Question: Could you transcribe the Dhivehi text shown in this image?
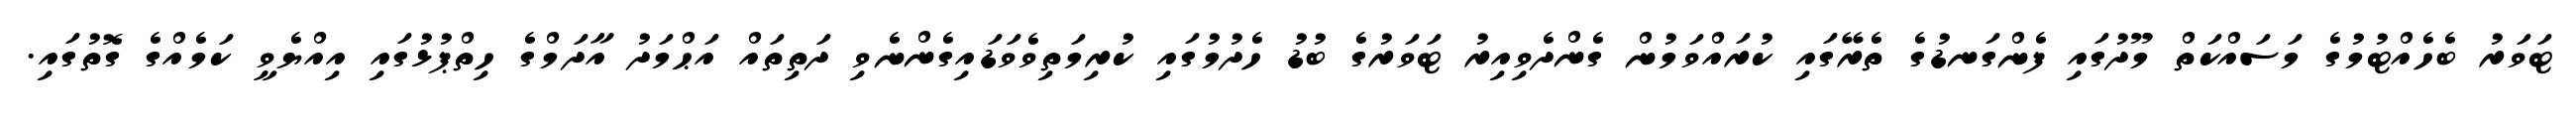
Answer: ޓަވަރު ބެހެއްޓުމުގެ މަސައްކަތް މޫދުގައި ފެންގަނޑުގެ ތެރޭގައި ކުރައްވަމުން ގެންދެވިއިރު ޓަވަރުގެ ބުޑު ހެދުމުގައި ކުރިމަތިވެވަޑައިގެންނެވި ދަތިތައް އަޙްމަދު އާދަމްގެ ހިތްޕުޅުގައި އިއްޔެވީ ކަމެއްގެ ގޮތުގައި.